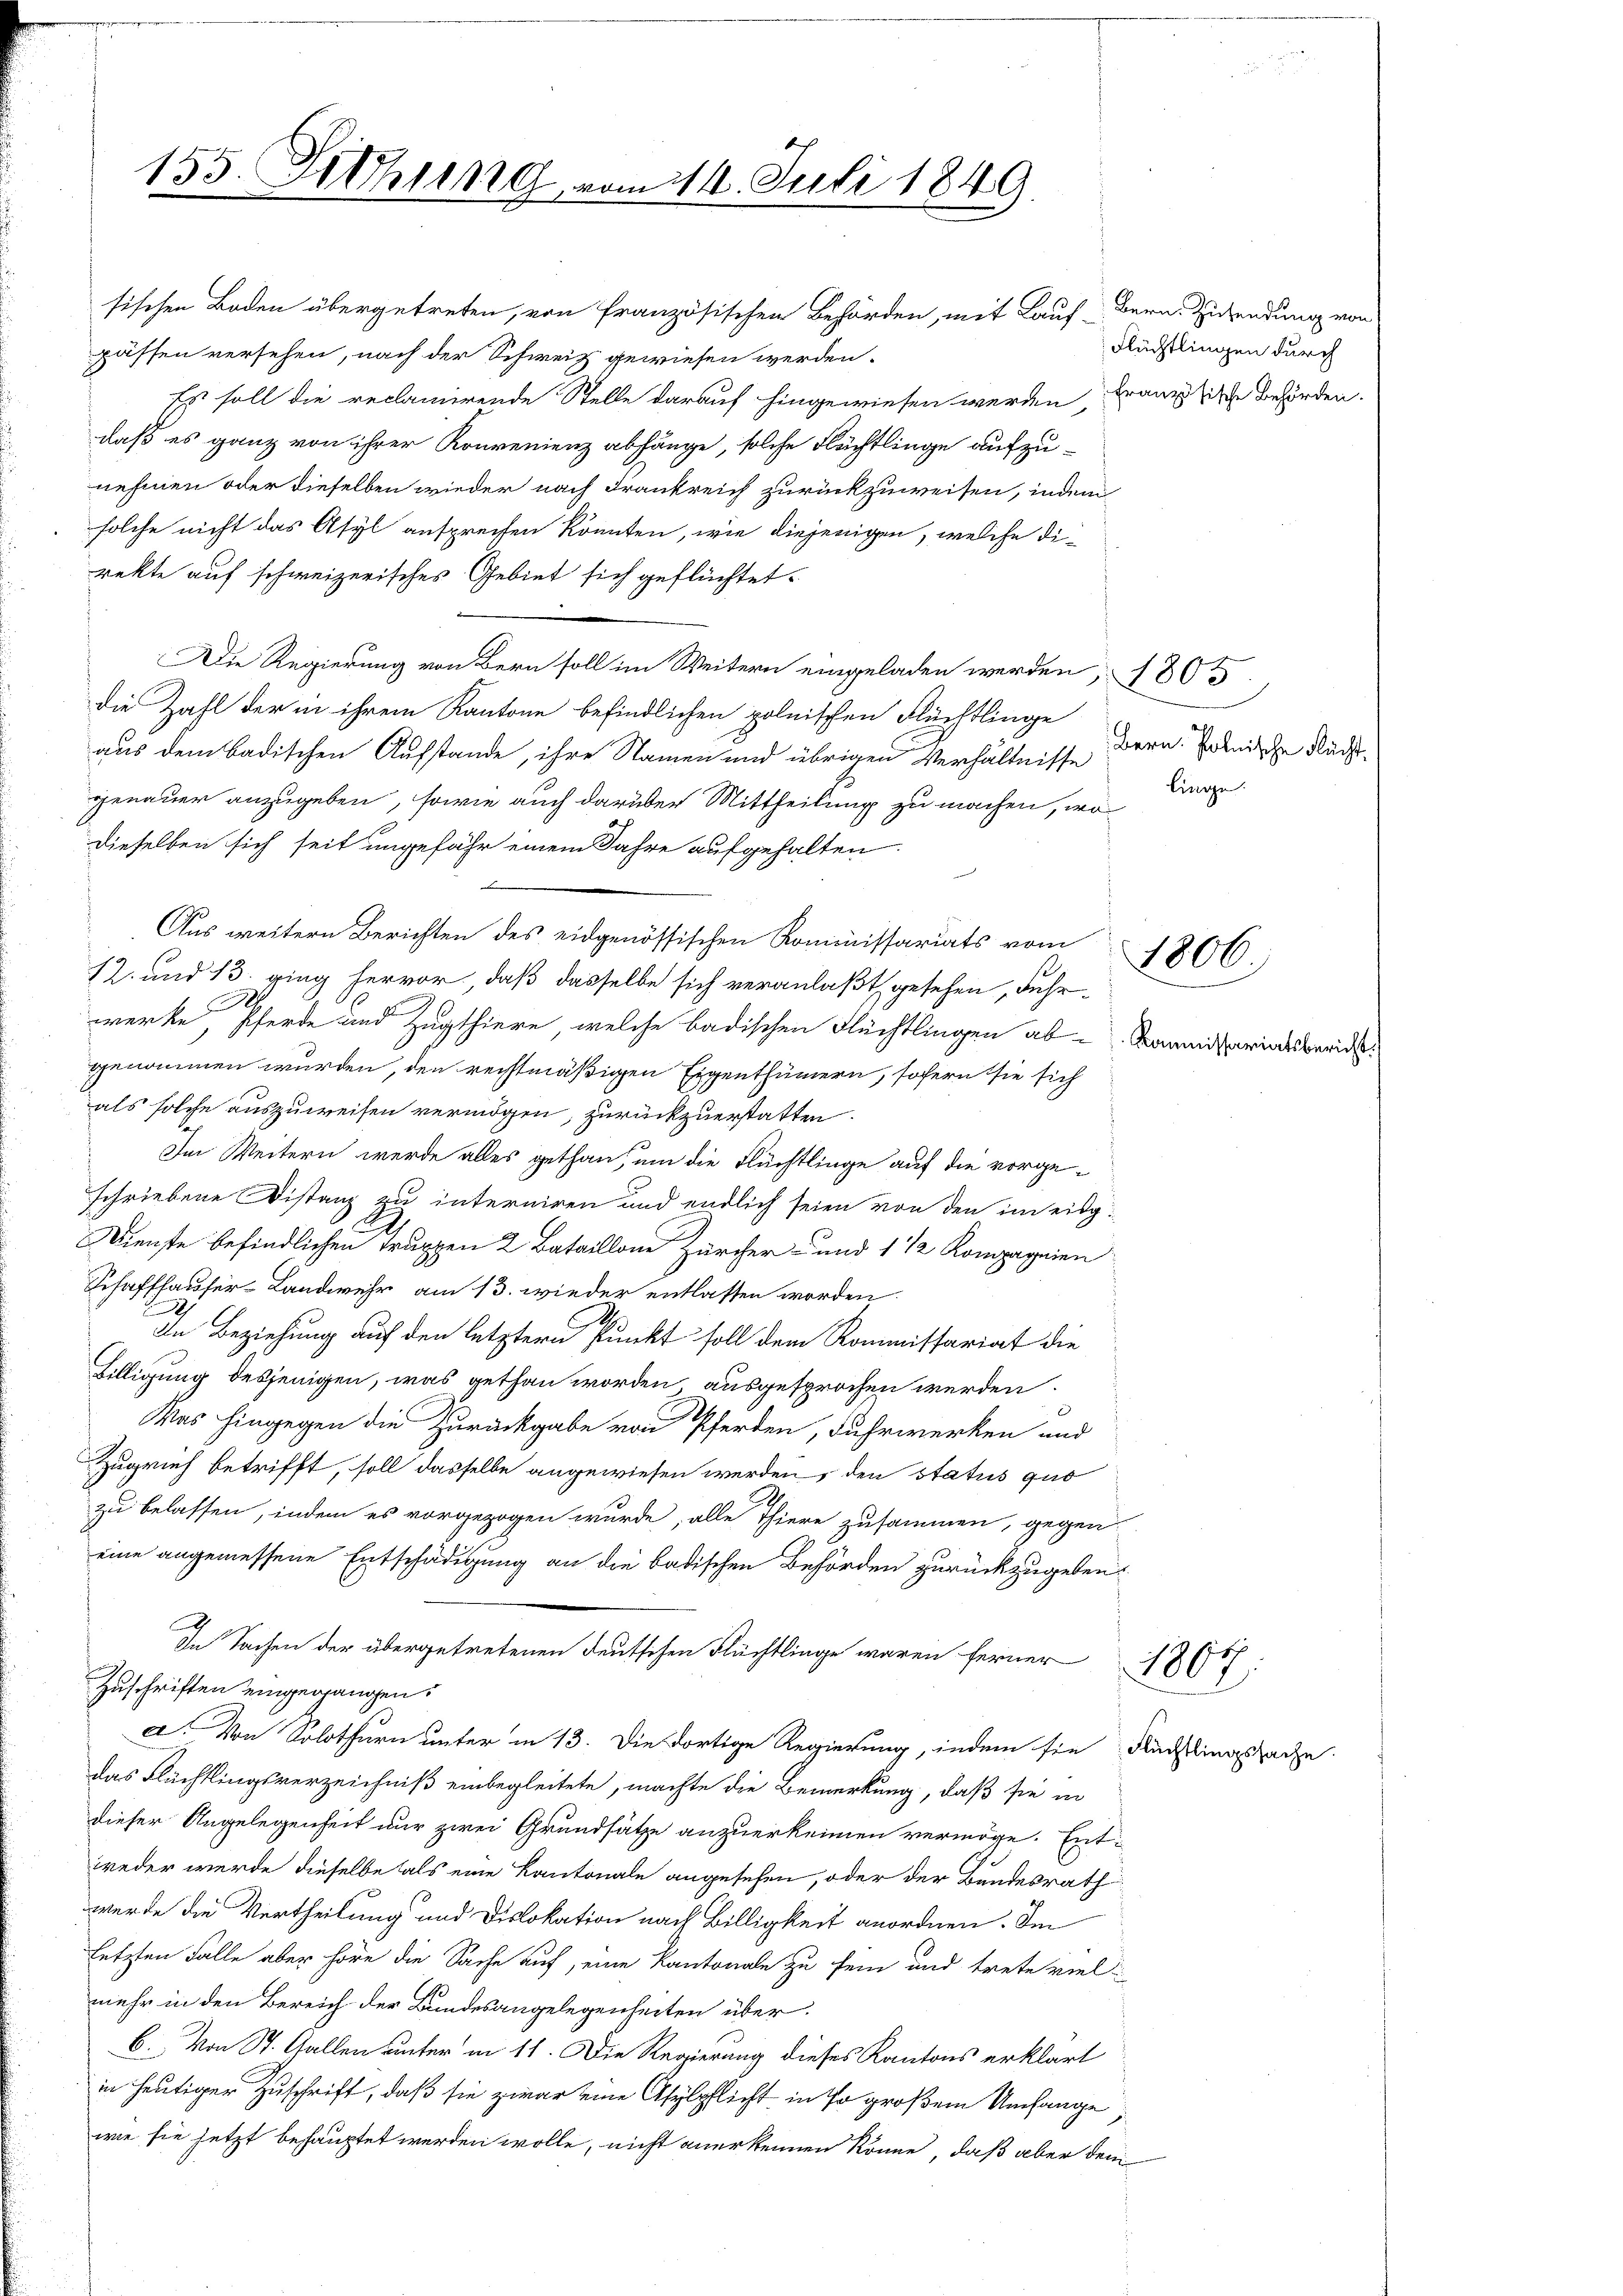
155. Setzung.

sischen Boden übergetreten, von Französischen Behörden, mit Lauf Bern Zusendung von
passen versehen, nach der Schweiz gewiesen werden.
Es soll die reclamirende Stelle darauf hingewiesen werden, Franz sich Behörden.
daß es ganz von ihrer Konvenienz abhänge, solche Flüchtlinge aufzunehmen oder dieselben wieder nach Frankreich zurückzuweisen, indem
solche nicht das Asyl ansprechen könnten, wie diejenigen, welche direkte auf schweizerisches Gebiet sich geflüchtet.
Die Regierung von Bern soll im Weitern eingeladen werden, 1805.
die Zahl der in ihrem Kantone befindlichen polnischen Flüchtlinge
aus dem badischen Aufstande, ihre Namen und übrigen Verhältnisse
genauer anzugeben, sowie auch darüber Mittheilung zu machen, wo
dieselben sich seit ungefähr einem Jahre aufgehalten.

Aus weitern Berichten des eidgenössischen Kommissariats vom 1806.)
12. und 13. ging hervor, daß dasselbe sich veranlaßt gesehen, Fuhrwerke, Pferde und Zugthiere, welche badischen Flüchtlingen ab-Kommissariatsberic
genommen wurden, den rechtmäßigen Eigenthümern, sofern sie sich
als solche auszuweisen vermögen, zurückzuerstatten.
Im Weitern werde alles gethan, um die Flüchtlinge auf die vorgeschriebene Distanz zu interniren und endlich seien von den im eig¬
Dienste befindlichen Truppen 2 Bataillone Zürcher- und 1 1/2 Kompagnien
Schaffhauser-Landwehr am 13. wieder entlassen worden.
2
2
In Beziehung auf den letztern Punkt soll dem Kommissariat die
Billigung desjenigen, was gethan worden ausgesprochen werden.
Was hingegen die Zurückgabe von Pferden, Fuhrwerken und
Zugrech betrifft, soll dasselbe angewiesen werden, den status quo
zu belassen, indem es vorgezogen wurde, alle Thiere zusammen, gegen
eine angemessene Entschädigung an die badischen Behörden zurückzugeben.
In Sachen der übergetretenen deutschen Flüchtlinge waren ferner 1861:
Zuschriften eingegangen.
a. Von Solothurn unter in 13. Die dortige Regierung, indem sie Rechtlingssache
das Flüchtlingsverzeichniß einbegleitete, machte die Bemerkung, daß sie in
dieser Angelegenheit nur zwei Grundsätze anzuerkennen vermöge. Entweder werde dieselbe als eine Kantonale angesehen, oder der Bundesrath
wurde die Vertheilung und Dislokation nach Billigkeit anordnen. Im
letzten Falle aber höre die Sache auf, eine Kantonale zu sein und trete viel
mehr in den Bereich der Bundesangelegenheiten über¬
6. Von St. Gallen unter in 11. Die Regierung dieses Kantons erklärt
in heutiger Zuschrift, daß sie zwar eine Asylpflicht in so großem Umfange,
wie sie jetzt behauptet werden wolle, nicht anerkennen könne, daß aber dem

vom 11. Juli 1849.

Flüchtlingen durch

Bern. Polnische Recht,

linge.